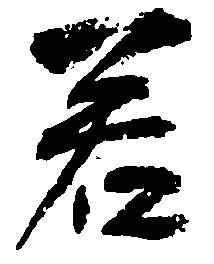
若